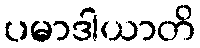
ပမာဒါယာတိ